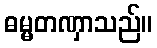
ဓမ္မတဏှာသည်။